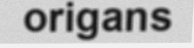
origans